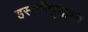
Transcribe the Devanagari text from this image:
हस्तमैथुनाशी